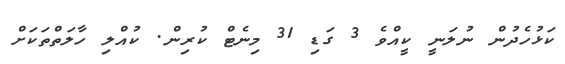
ކަޅުހެދުން ނުލަނީ ކީއްވެ 3 ގަޑި 31 މިނެޓް ކުރިން. ކުއްލި ހާލަތްތަކަށް